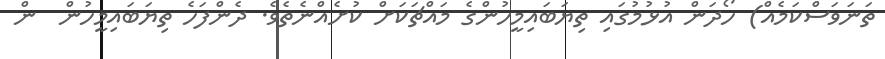
ތަނަވަސްކަމެއް) ހޯދަން އުޅުމުގައި ތިޔަބައިމީހުންގެ މައްޗަކަށް ކުށެއްނެތެވެ. ދެންފަހެ ތިޔަބައިމީހުން  ން